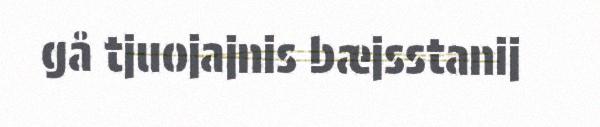
gå tjuojajnis bæjsstanij